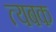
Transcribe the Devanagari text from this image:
त्यबक